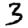
Digit: 3